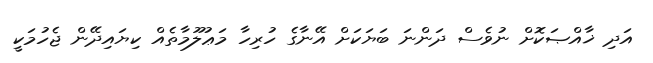
އަދި ޚާއްޞަކޮށް ނުވެސް ދަންނަ ބަޔަކަށް އޭނާގެ ހުރިހާ މަޢުލޫމާތެއް ކިޔައިދޭން ޖެހުމަކީ